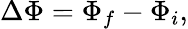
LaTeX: \Delta\Phi=\Phi_{f}-\Phi_{i},